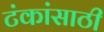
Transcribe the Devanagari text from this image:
टंकांसाठी